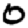
Digit: 0